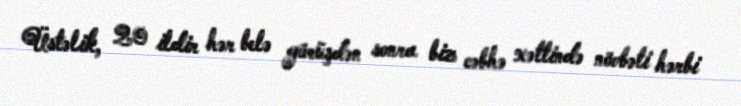
Üstəlik, 20 ildir hər belə görüşdən sonra biz cəbhə xəttində növbəti hərbi